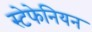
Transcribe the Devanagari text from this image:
स्टेफेनियन